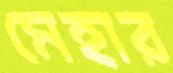
মেহার